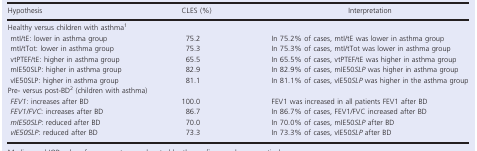
| Hypothesis | CLES (%) | Interpretation |
 | --- | --- | --- |
 | <COLSPAN=3> Healthy versus children with asthmaa |
 | mtI/tE: lower in asthma group | 75.2 | In 75.2% of cases, mtI/tE was lower in asthma group |
 | mtI/tTot: lower in asthma group | 75.3 | In 75.3% of cases, mtI/tTot was lower in asthma group |
 | vtPTEF/tE: higher in asthma group | 65.5 | In 65.5% of cases, vtPTEF/tE was higher in asthma group |
 | mIE50SLP: higher in asthma group | 82.9 | In 82.9% of cases, mIE50SLP was higher in asthma group |
 | vIE50SLP: higher in asthma group | 81.1 | In 81.1% of cases, vIE50SLP was higher in the asthma group |
 | <COLSPAN=3> Pre‐ versus post‐BDb (children with asthma) |
 | FEV1: increases after BD | 100.0 | FEV1 was increased in all patients FEV1 after BD |
 | FEV1/FVC: increases after BD | 86.7 | In 86.7% of cases, FEV1/FVC increased after BD |
 | mIE50SLP: reduced after BD | 70.0 | In 70.0% of cases, mIE50SLP after BD |
 | vIE50SLP: reduced after BD | 73.3 | In 73.3% of cases, vIE50SLP after BD |